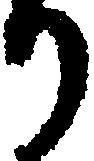
り